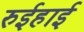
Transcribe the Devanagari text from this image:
रुईहाई